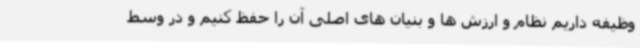
وظیفه داریم نظام و ارزش ها و بنیان های اصلی آن را حفظ کنیم و در وسط